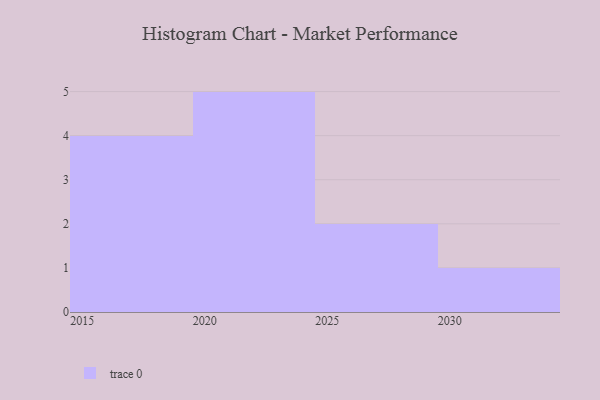
{"axis": {"x": "Year", "y": "Churn Rate (%)"}, "legend": [""], "data": [{"x": "2028", "y": 57, "type": ""}, {"x": "2022", "y": 30, "type": ""}, {"x": "2030", "y": 18, "type": ""}, {"x": "2019", "y": 85, "type": ""}, {"x": "2021", "y": 27, "type": ""}, {"x": "2018", "y": 50, "type": ""}, {"x": "2016", "y": 30, "type": ""}, {"x": "2017", "y": 18, "type": ""}, {"x": "2024", "y": 85, "type": ""}, {"x": "2027", "y": 2, "type": ""}, {"x": "2020", "y": 100, "type": ""}, {"x": "2023", "y": 13, "type": ""}]}